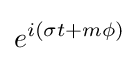
e^{i(\sigma t+m\phi )}